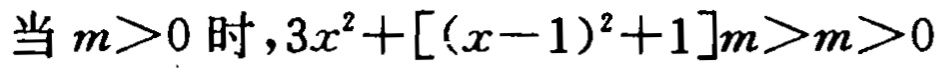
当 \(m>0\) 时，\(3x^{2}+[(x - 1)^{2}+1]m>m>0\)